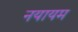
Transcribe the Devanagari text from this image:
नयायम